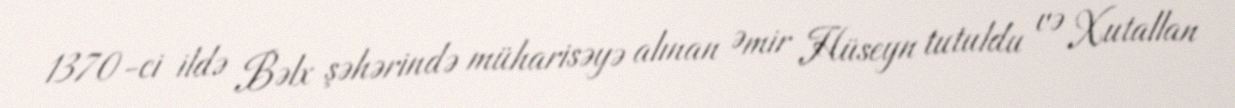
1370-ci ildə Bəlx şəhərində müharisəyə alınan Əmir Hüseyn tutuldu və Xutallan